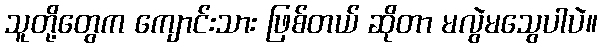
သူတို့တွေက ကျောင်းသား ဖြစ်တယ် ဆိုတာ မလွဲမသွေပါပဲ။